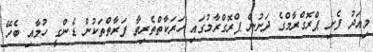
މިއަދު ފެށި ޕްރޮގްރާމްގެ ދަށުން ޕްރޮގްރާމުގައި ހަރަކާތްތެރިވާ ފަރާތްތަކުން ޑެންގީ ހުމާއި ބެހޭ